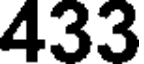
433